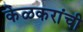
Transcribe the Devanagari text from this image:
केळकरांची